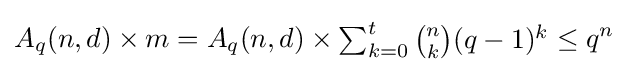
A_{q}(n,d)\times m=A_{q}(n,d)\times {\begin{matrix}\sum _{k=0}^{t}{\binom {n}{k}}(q-1)^{k}\end{matrix}}\leq q^{n}